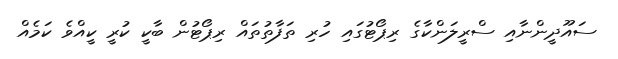
ސައޫދީންނާއި ސްރީލަންކާގެ ރިޕޯޓުގައި ހުރި ތަފާތުތައް ރިޕޯޓުން ބާކީ ކުރީ ކީއްވެ ކަމެއް